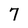
Character: 7